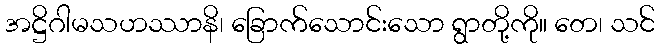
အဋ္ဌိဂါမသဟဿာနိ၊ ခြောက်သောင်းသော ရွာတို့ကို။ တေ၊ သင်